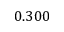
0 . 3 0 0